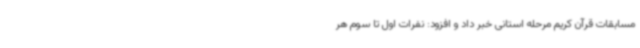
مسابقات قرآن کریم مرحله استانی خبر داد و افزود: نفرات اول تا سوم هر